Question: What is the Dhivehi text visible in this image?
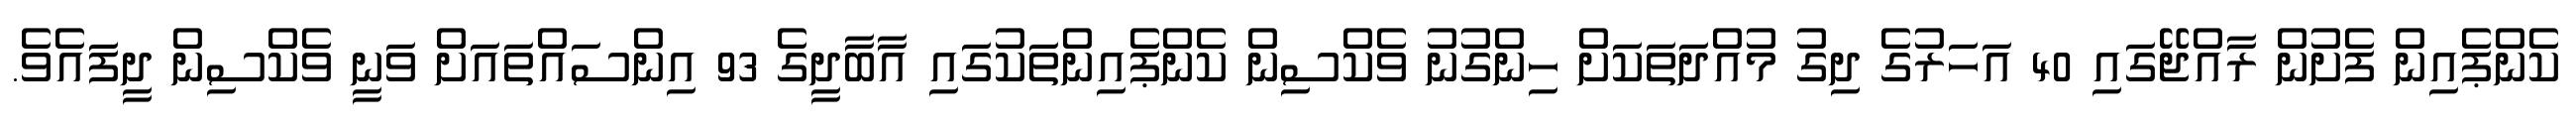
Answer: ކެންޕެއިން ފެށުން ރާއްޖޭގައި 40 އަހަރުގެ ދިގު މުއްދަތަކަށް ހިންގުނު ވެކްސިން ކެންޕެއިންތަކުގައި އާބާދީގެ 93 އިންސައްތައަށް ވަނީ ވެކްސިން ދީފައެވެ.